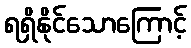
ရရှိနိုင်သောကြောင့်